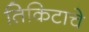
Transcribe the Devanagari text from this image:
तिकिटाचे